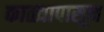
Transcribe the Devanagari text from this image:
काळ्यापासून